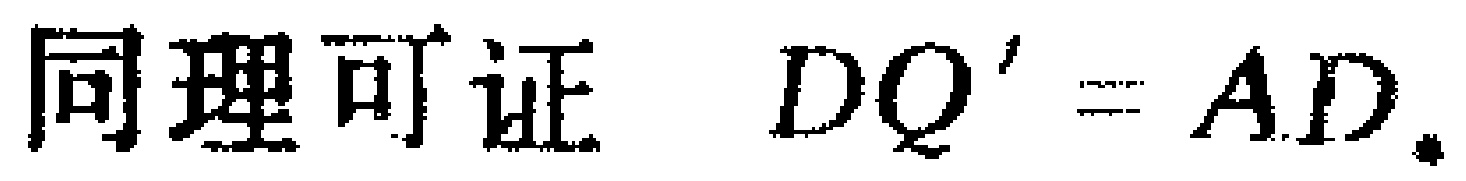
同理可证 \(DQ^{\prime}=AD\).